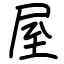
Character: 屋